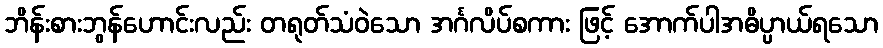
ဘိန်းစားဘွန်ဟောင်းလည်း တရုတ်သံဝဲသော အင်္ဂလိပ်စကား ဖြင့် အောက်ပါအဓိပ္ပာယ်ရသော